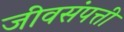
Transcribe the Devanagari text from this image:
जीवसंपत्ती